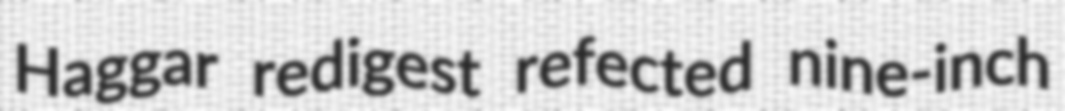
Haggar redigest refected nine-inch